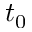
t _ { 0 }